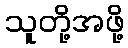
သူတို့အဖို့